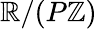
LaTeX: \mathbb{R}/(P\mathbb{Z})